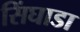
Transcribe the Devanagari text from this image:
सिंघाडा